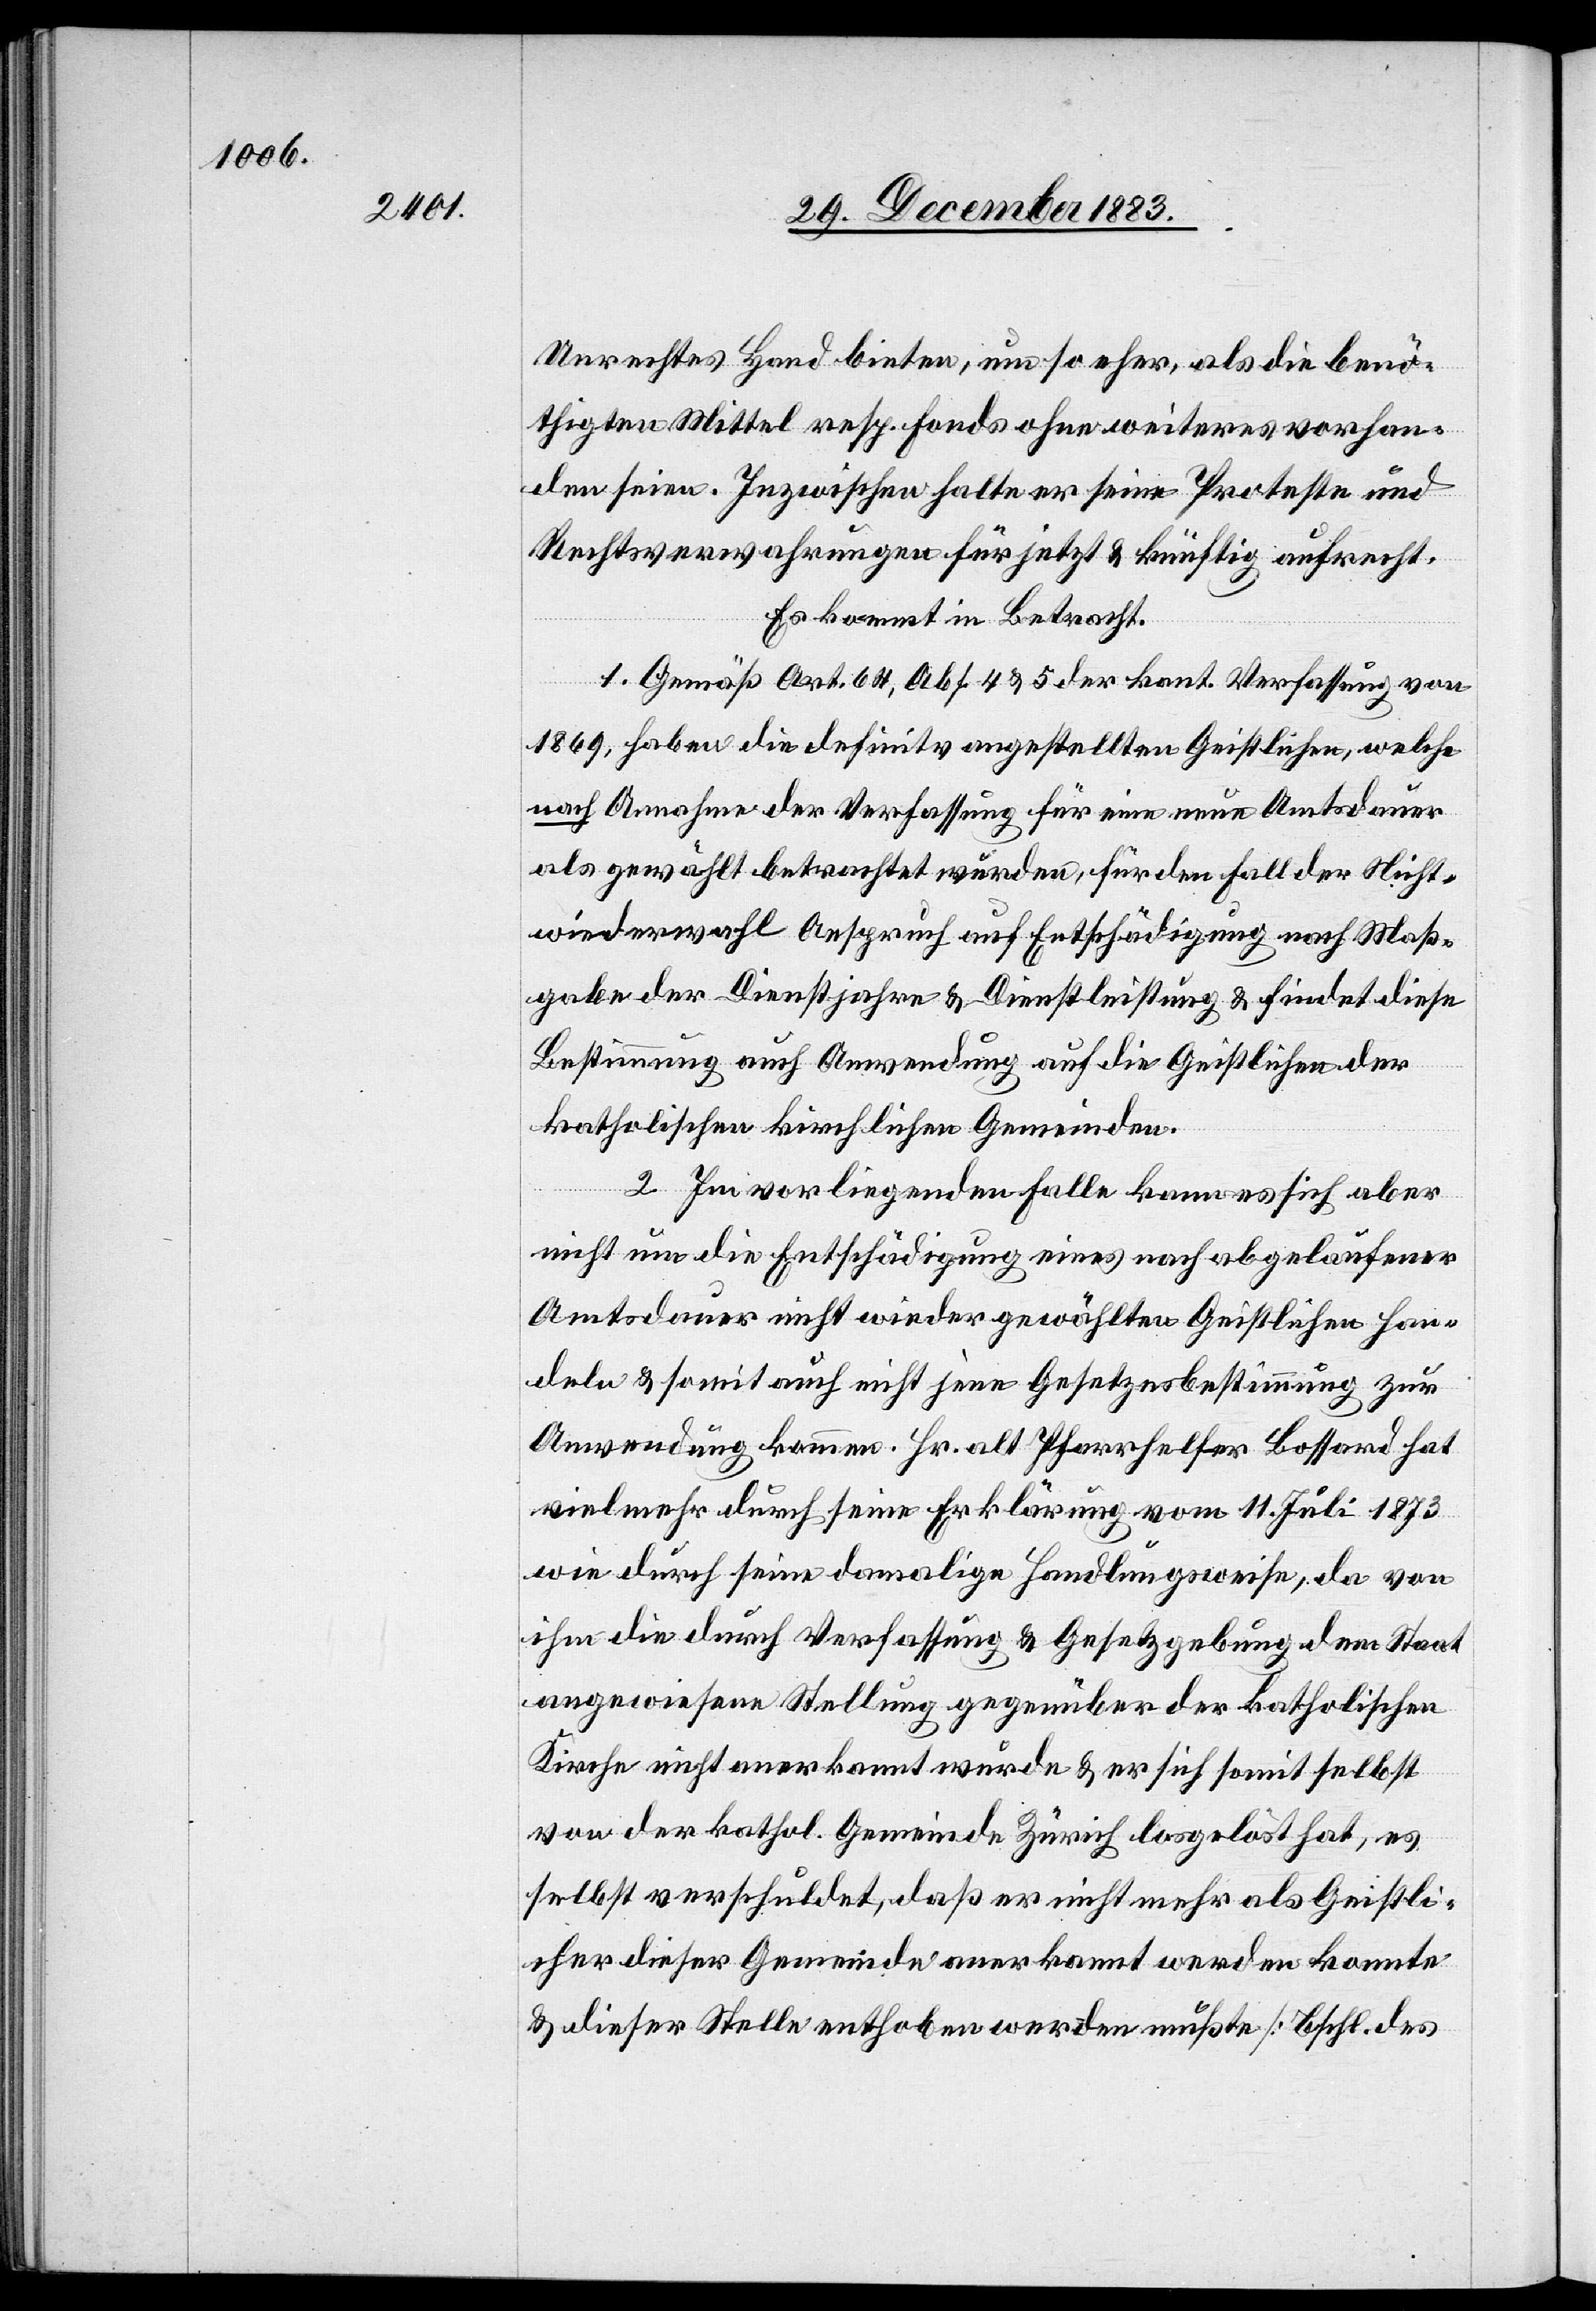
Unrechtes Hand bieten, um so eher, als die benö¬
thigten Mittel resp. Fonds ohne weiteres vorhan¬
den seien. Inzwischen halte er seine Proteste und
Rechtsverwahrungen für jetzt & künftig aufrecht.
Es kommt in Betracht:
1. Gemäß Art. 64, Abs. 4 & 5 der kant. Verfassung von
1869, haben die definitiv angestellten Geistlichen, welche
nach Annahme der Verfassung für eine neue Amtsdauer
als gewählt betrachtet wurden, für den Fall der Nicht¬
wiederwahl Anspruch auf Entschädigung nach Maß¬
gabe der Dienstjahre & Dienstleistung & findet diese
Bestimmung auch Anwendung auf die Geistlichen der
katholischen kirchlichen Gemeinden.
2. Im vorliegenden Falle kann es sich aber
nicht um die Entschädigung eines nach abgelaufener
Amtsdauer nicht wieder gewählten Geistlichen han¬
deln & somit auch nicht jene Gesetzesbestimmung zur
Anwendung kommen. Hr. alt Pfarrhelfer Bossard hat
vielmehr durch seine Erklärung vom 11. Juli 1873
wie durch seine damalige Handlungsweise, da von
ihm die durch Verfassung & Gesetzgebung dem Staat
angewiesene Stellung gegenüber der katholischen
Kirche nicht anerkannt wurde & & er sich somit selbst
von der kathol. Gemeinde Zürich losgelöst hat, es
selbst verschuldet, daß er nicht mehr als Geistli¬
cher dieser Gemeinde anerkannt werden konnte
& dieser Stelle enthoben werden mußte [Beschl. des